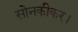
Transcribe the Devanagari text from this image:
सोनकीकर।